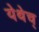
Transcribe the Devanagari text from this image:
येथेच्